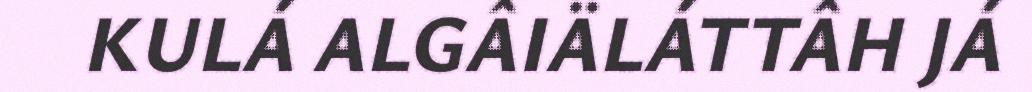
KULÁ ALGÂIÄLÁTTÂH JÁ